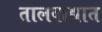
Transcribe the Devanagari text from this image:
तालवाद्यात